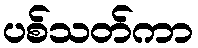
ပစ်သတ်ကာ